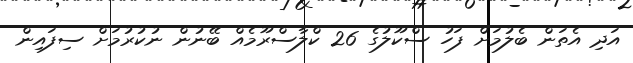
އަދި އެތަން ބެލުމަށް ފަހު ސްކޫލުގެ 26 ކްލާސްރޫމެއް ބޭނުން ނުކުރުމަށް ސިފައިން